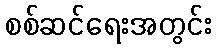
စစ်ဆင်ရေးအတွင်း